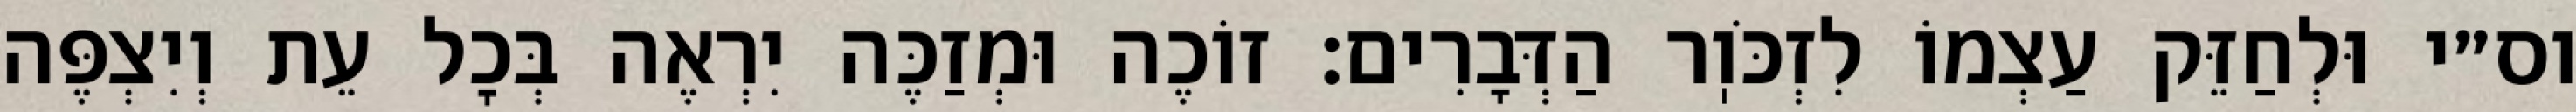
וס״י וּלְחַזֵּק עַצְמוֹ לִזְכֹּוֽר הַדְּבָרִים: זוֹכֶה וּמְזַכֶּה יִרְאֶה בְּכׇל עֵת וְיִצְפֶּה